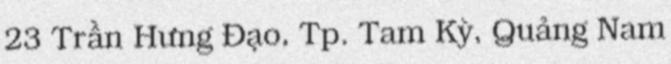
23 Trần Hưng Đạo, Tp. Tam Kỳ, Quảng Nam